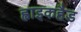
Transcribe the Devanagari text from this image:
ह्वाइकहैड